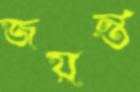
জয়ন্ত